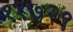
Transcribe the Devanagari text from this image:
११७२९